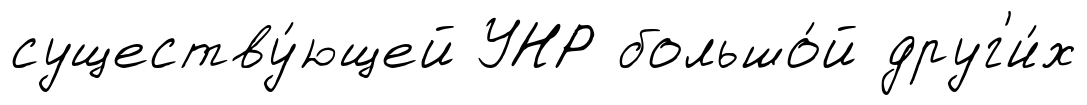
существу́ющей УНР большо́й друг'и́х